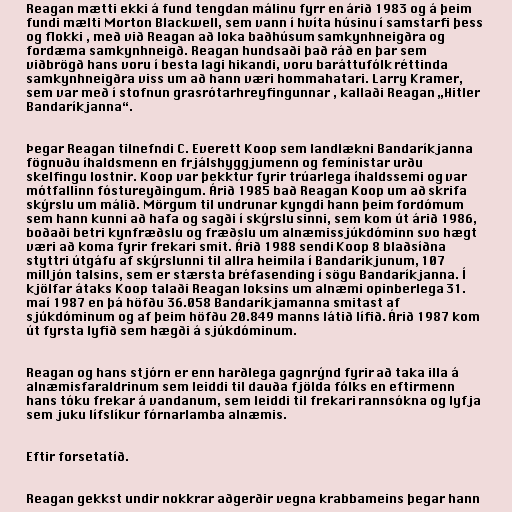
Reagan mætti ekki á fund tengdan málinu fyrr en árið 1983 og á þeim
fundi mælti Morton Blackwell, sem vann í hvíta húsinu í samstarfi þess
og flokki , með við Reagan að loka baðhúsum samkynhneigðra og
fordæma samkynhneigð. Reagan hundsaði það ráð en þar sem
viðbrögð hans voru í besta lagi hikandi, voru baráttufólk réttinda
samkynhneigðra viss um að hann væri hommahatari. Larry Kramer,
sem var með í stofnun grasrótarhreyfingunnar , kallaði Reagan „Hitler
Bandaríkjanna“.

Þegar Reagan tilnefndi C. Everett Koop sem landlækni Bandaríkjanna
fögnuðu íhaldsmenn en frjálshyggjumenn og femínistar urðu
skelfingu lostnir. Koop var þekktur fyrir trúarlega íhaldssemi og var
mótfallinn fóstureyðingum. Árið 1985 bað Reagan Koop um að skrifa
skýrslu um málið. Mörgum til undrunar kyngdi hann þeim fordómum
sem hann kunni að hafa og sagði í skýrslu sinni, sem kom út árið 1986,
boðaði betri kynfræðslu og fræðslu um alnæmissjúkdóminn svo hægt
væri að koma fyrir frekari smit. Árið 1988 sendi Koop 8 blaðsíðna
styttri útgáfu af skýrslunni til allra heimila í Bandaríkjunum, 107
milljón talsins, sem er stærsta bréfasending í sögu Bandaríkjanna. Í
kjölfar átaks Koop talaði Reagan loksins um alnæmi opinberlega 31.
maí 1987 en þá höfðu 36.058 Bandaríkjamanna smitast af
sjúkdóminum og af þeim höfðu 20.849 manns látið lífið. Árið 1987 kom
út fyrsta lyfið sem hægði á sjúkdóminum.

Reagan og hans stjórn er enn harðlega gagnrýnd fyrir að taka illa á
alnæmisfaraldrinum sem leiddi til dauða fjölda fólks en eftirmenn
hans tóku frekar á vandanum, sem leiddi til frekari rannsókna og lyfja
sem juku lífslíkur fórnarlamba alnæmis.

Eftir forsetatíð.

Reagan gekkst undir nokkrar aðgerðir vegna krabbameins þegar hann